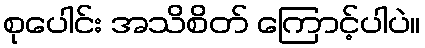
စုပေါင်း အသိစိတ် ကြောင့်ပါပဲ။